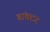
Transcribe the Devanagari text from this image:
डांक्टर